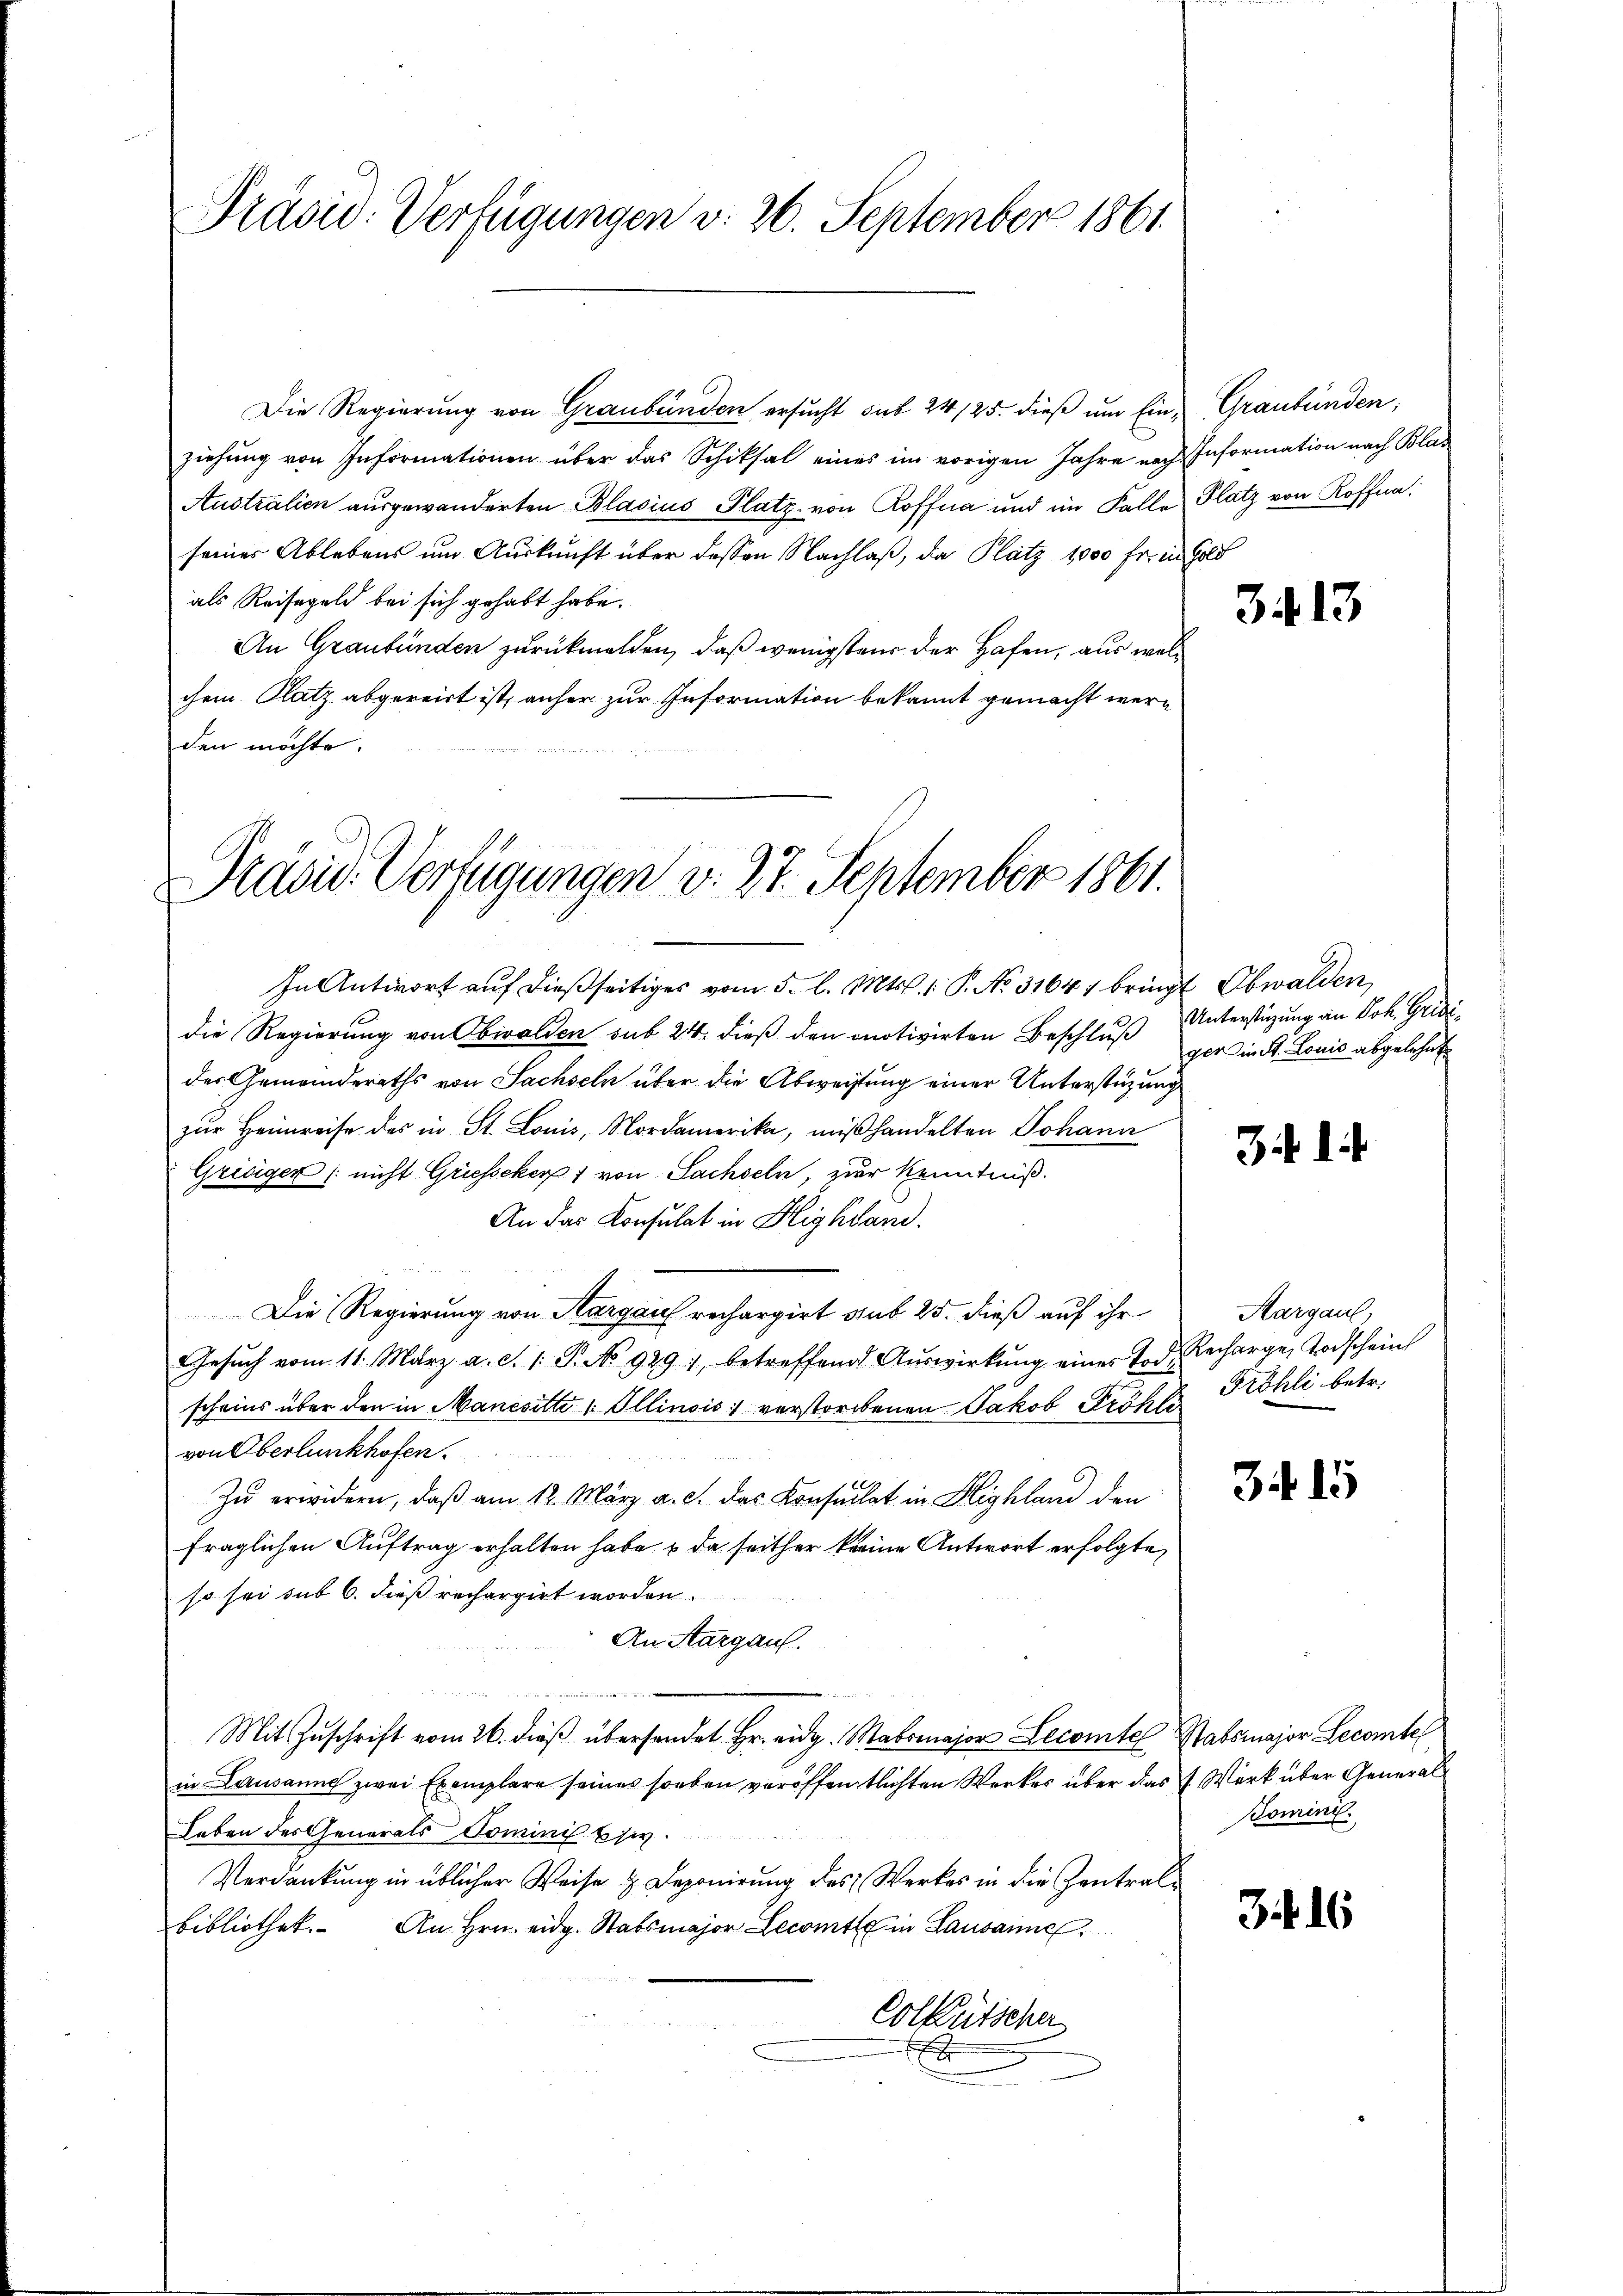
Präsid. Verfügungen v. 26. September 1861.

Die Regierung von Graubünden ersucht sub 24 /25. dieß um Ein-Graubünden;
ziehung von Informationen über das Schiksal eines im vorigen Jahre nach Information nach Blas
Australien ausgewanderten Blasius Platz. von Roffna und im Falle Platz von Koffna
seiner Ablebens um Auskunft über dessen Nachlaß, da Platz 1000 fr. in Gold
als Reisegeld bei sich gehabt habe.
An Graubünden zurückmelden, daß wenigstens der Hafen, aus welchem Platz abgereist ist, anher zur Information bekannt gemacht werden möchte.

In Antwort auf dießseitiges vom 5. l. Mts. 1. P. No. 31641 bringt Obwalden,
die Regierung von Obwalden sub. 24. dieß den onotivirten Beschluß
der Gemeinderaths von Sachseln über die Abweistung einer Unterstüzung
zur Heimreise des in St. Louis, Nordamerika, mißhandelten Johann
Grisigen (nicht Griesseker 1 von Sachseln, zur Kenntniß.
An das Konsulat in Highland.
Die Regierung von Aargau rechargirt sub 25. dieß auf ihr
Gesŭch vom 11. März a. c. 1. P. No 929), betreffend Aŭswirkŭng eines Tod. Recharge Todschein
scheins über den in Manesitte 1 Ollinois 1 verstorbenen Jakob Früher Fröhli betr.
von Oberlunkhofen.
Zu erwidern, daß am 12. März a. c. das Konsulat in Highland den
fraglichen Auftrag erhalten habe & da seither keine Antwort erfolgte,
so sei sub 6. dieß rechargirt worden.
An Aargau.
iinen einen
Mit Zuschrift vom 26. dieß übersendet Hr. eidg. Mabsmajor Lecomte Stabsmajor Lecomte
in Lausanne zwei Exemplare seines soeben veröffentlichten Werkes über das J. Werk über General
Leben des Generals Dominis E siv
Verdankŭng in üblicher Weise u. Deponirung des Werkes in die Zentralbibliothek. An Hrn. eidg. Stabsmajor Secomt in Lausanne
Colkutsche
x

Präsid. Verfügungen v. 27. September 1861.

3413

Unterstüzung an Jok. Gridiger in St. Louis abgelehnt

3414

Aargaul,

3415

Bomini

34. 16